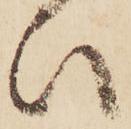
ひ